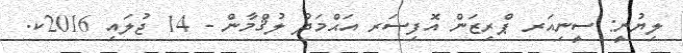
ލިޔުނީ: ސީނިއަރ ޕްރިޒަން އޮފިސަރ އަޙްމަދު ލުޤްމާން - 14 ޖުލައި 2016ކ.